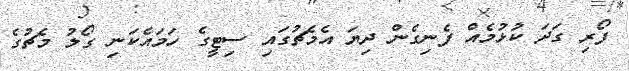
ފޯރި ގަދަ ކުޅުމެއް ފެނިގެން ދިޔަ އެމެޗުގައި ސިޓީގެ ހަމައެކަނި ގޯލު މެޗުގެ